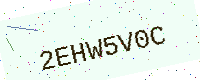
Text: 2EHW5V0C